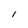
Character: 1